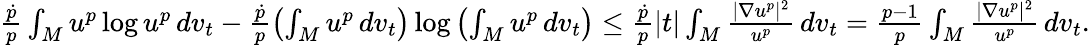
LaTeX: \begin{array}{r}{\frac{\dot{p}}{p}\int_{M}u^{p}\log u^{p}\, dv_{t}-\frac{\dot{p}}{p}\left(\int_{M}u^{p}\, dv_{t}\right)\log\left(\int_{M}u^{p}\, dv_{t}\right)\le\frac{\dot{p}}{p}|t|\int_{M}\frac{|\nabla u^{p}|^{2}}{u^{p}}\, dv_{t}=\frac{p-1}{p}\int_{M}\frac{|\nabla u^{p}|^{2}}{u^{p}}\, dv_{t}.}\end{array}